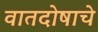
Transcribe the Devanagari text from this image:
वातदोषाचे